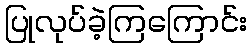
ပြုလုပ်ခဲ့ကြကြောင်း